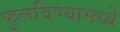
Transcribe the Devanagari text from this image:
फुलविण्यामध्ये